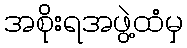
အစိုးရအဖွဲ့ထံမှ